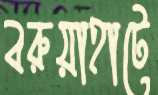
বরুয়াহাটে